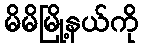
မိမိမြို့နယ်ကို